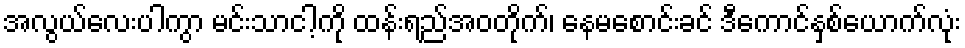
အလွယ်လေးပါကွာ မင်းသာငါ့ကို ထန်းရည်အဝတိုက်၊ နေမစောင်းခင် ဒီကောင်နှစ်ယောက်လုံး